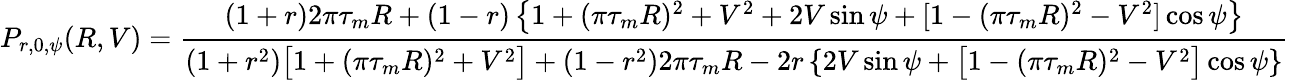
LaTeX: P_{r,0,\psi}(R,V)=\frac{(1+r)2\pi\tau_{m}R+(1-r)\left\{ 1+(\pi\tau_{m}R)^{2}+V^{2}+2V\sin\psi+[1-(\pi\tau_{m}R)^{2}-V^{2}]\cos\psi\right\} }{(1+r^{2})\big[1+(\pi\tau_{m}R)^{2}+V^{2}\big]+(1-r^{2})2\pi\tau_{m}R-2r\left\{ 2V\sin\psi+\big[1-(\pi\tau_{m}R)^{2}-V^{2}\big]\cos\psi\right\} }